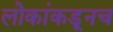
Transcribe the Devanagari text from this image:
लोकांकडूनच